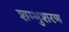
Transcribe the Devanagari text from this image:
शम्भुशरण